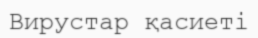
Вирустар қасиеті